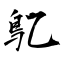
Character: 鳦